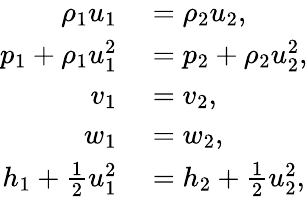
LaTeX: \begin{array}{rl}{\rho_{1}u_{1}}&{{}=\rho_{2}u_{2},}\\ {p_{1}+\rho_{1}u_{1}^{2}}&{{}=p_{2}+\rho_{2}u_{2}^{2},}\\ {v_{1}}&{{}=v_{2},}\\ {w_{1}}&{{}=w_{2},}\\ {h_{1}+\frac{1}{2}u_{1}^{2}}&{{}=h_{2}+\frac{1}{2}u_{2}^{2},}\end{array}